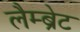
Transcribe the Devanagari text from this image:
लैम्ब्रेट